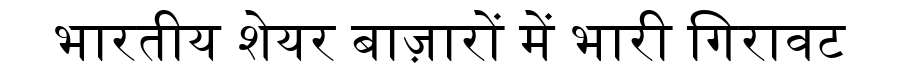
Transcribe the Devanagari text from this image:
भारतीय शेयर बाज़ारों में भारी गिरावट